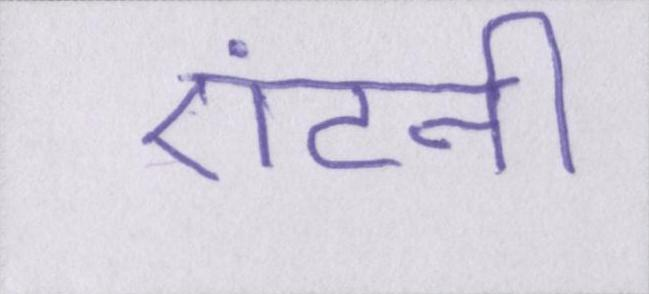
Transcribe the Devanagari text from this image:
एंटनी